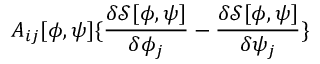
A _ { i j } [ \phi , \psi ] \{ \frac { \delta { \mathcal { S } } [ \phi , \psi ] } { \delta \phi _ { j } } - \frac { \delta { \mathcal { S } } [ \phi , \psi ] } { \delta \psi _ { j } } \}